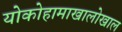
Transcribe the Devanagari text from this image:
योकोहामाखालोखाल